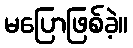
မပြောဖြစ်ခဲ့။